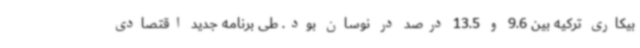
بیکاری ترکیه بین 9.6 و 13.5 درصد در نوسان بود. طی برنامه جدید اقتصادی